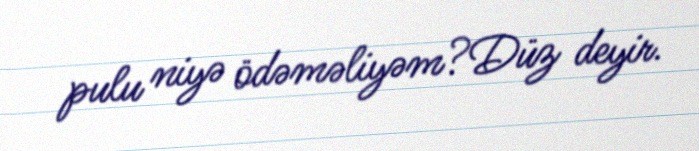
pulu niyə ödəməliyəm?Düz deyir.